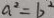
a ^ { 2 } = b ^ { 2 }